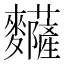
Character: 𪎅